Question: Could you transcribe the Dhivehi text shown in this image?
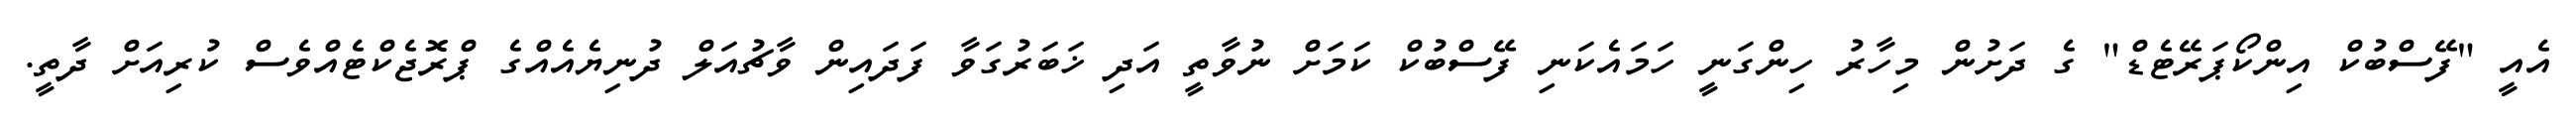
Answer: އެއީ "ފޭސްބުކް އިންކޯޕަރޭޓެޑް" ގެ ދަށުން މިހާރު ހިންގަނީ ހަމައެކަނި ފޭސްބުކް ކަމަށް ނުވާތީ އަދި ޚަބަރުގަވާ ފަދައިން ވާޗުއަލް ދުނިޔެއެއްގެ ޕްރޮޖެކްޓެއްވެސް ކުރިއަށް ދާތީ.